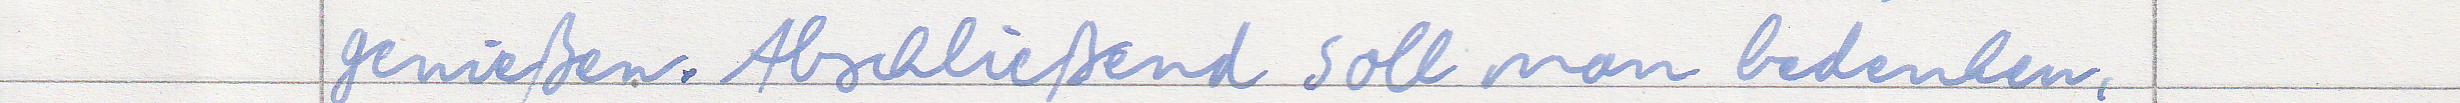
genießen. Abschließend soll man bedenken,